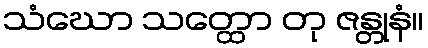
သံဃော သတ္ထော တု ဇန္တုနံ။